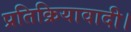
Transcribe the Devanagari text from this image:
प्रतिक्रियावादी।